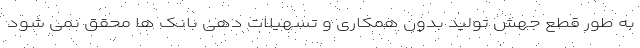
به طور قطع جهش تولید بدون همکاری و تسهیلات دهی بانک ها محقق نمی شود